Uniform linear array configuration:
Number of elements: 24
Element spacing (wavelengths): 0.5
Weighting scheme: hamming
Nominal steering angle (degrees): -15
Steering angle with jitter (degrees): -14.772
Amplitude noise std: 0.05
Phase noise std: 0.05

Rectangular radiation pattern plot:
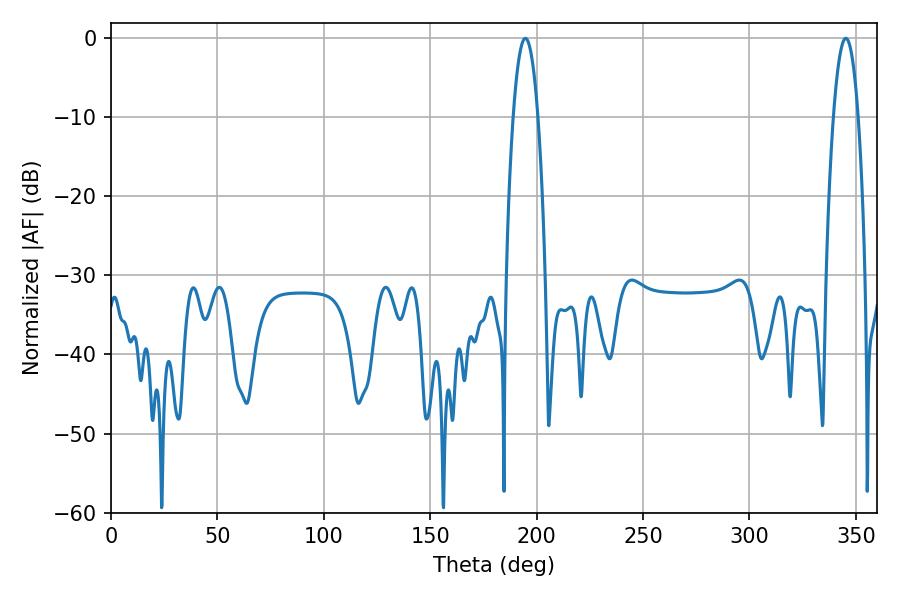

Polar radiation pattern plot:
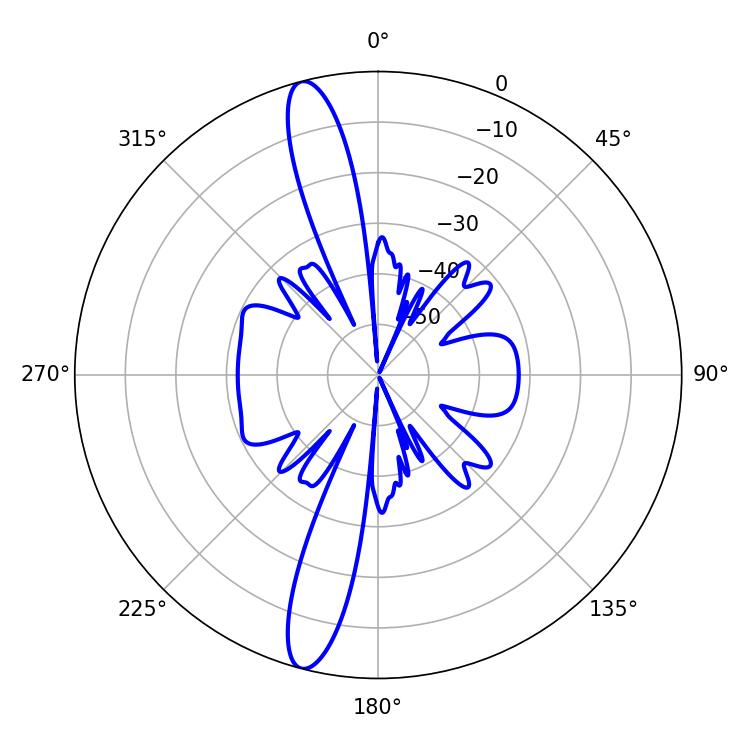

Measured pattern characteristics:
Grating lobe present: FALSE
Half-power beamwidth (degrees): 6.48
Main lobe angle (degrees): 345.24